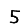
Digit: 5